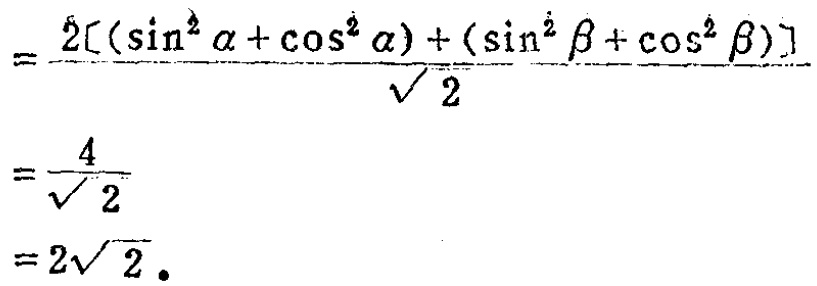
\[
\begin{align*}
&=\frac{2[(\sin^{2}\alpha+\cos^{2}\alpha)+(\sin^{2}\beta+\cos^{2}\beta)]}{\sqrt{2}}\\
&=\frac{4}{\sqrt{2}}\\
&=2\sqrt{2}.
\end{align*}
\]